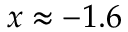
x \approx - 1 . 6